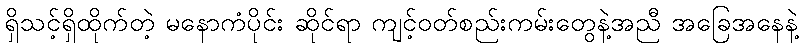
ရှိသင့်ရှိထိုက်တဲ့ မနောကံပိုင်း ဆိုင်ရာ ကျင့်ဝတ်စည်းကမ်းတွေနဲ့အညီ အခြေအနေနဲ့